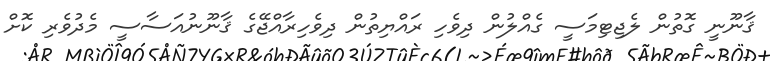
ޤާނޫނީ ގޮތުން ލެޖިޓިމަސީ ގެއްލުން ދިވެހި ރައްޔިތުން ދިވެހިރާއްޖޭގެ ޤާނޫނުއަސާސީ މެދުވެރި ކޮށް